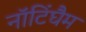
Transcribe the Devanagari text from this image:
नॉटिंघैम